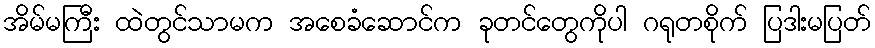
အိမ်မကြီး ထဲတွင်သာမက အစေခံဆောင်က ခုတင်တွေကိုပါ ဂရုတစိုက် ပြဒါးမပြတ်